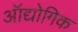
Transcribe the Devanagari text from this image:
ऑद्योगिक